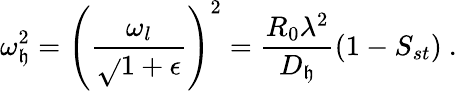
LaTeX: \omega_{\mathfrak{h}}^{2}=\left(\frac{{\omega_{l}}}{{\sqrt{}{{1+\epsilon}}}}\right)^{2}=\frac{{R_{0}\lambda^{2}}}{{D_{\mathfrak{h}}}}(1-S_{st})\ .